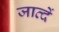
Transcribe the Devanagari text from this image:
जाव्दें